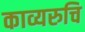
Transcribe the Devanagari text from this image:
काव्यरुचि